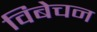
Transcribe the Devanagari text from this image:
विबेचन